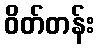
ဝိတ်တန်း